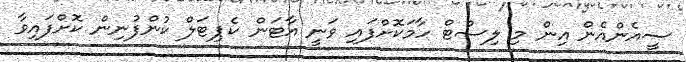
ސީއެންއެން އިން މި ލިސްޓް ހާމަކޮށްފައި ވަނީ އާޓަން ކެޕިޓަލް ކުންފުނިން ކޮށްފައިވާ